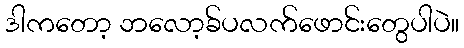
ဒါကတော့ ဘလော့ခ်ပလက်ဖောင်းတွေပါပဲ။